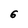
Character: 6